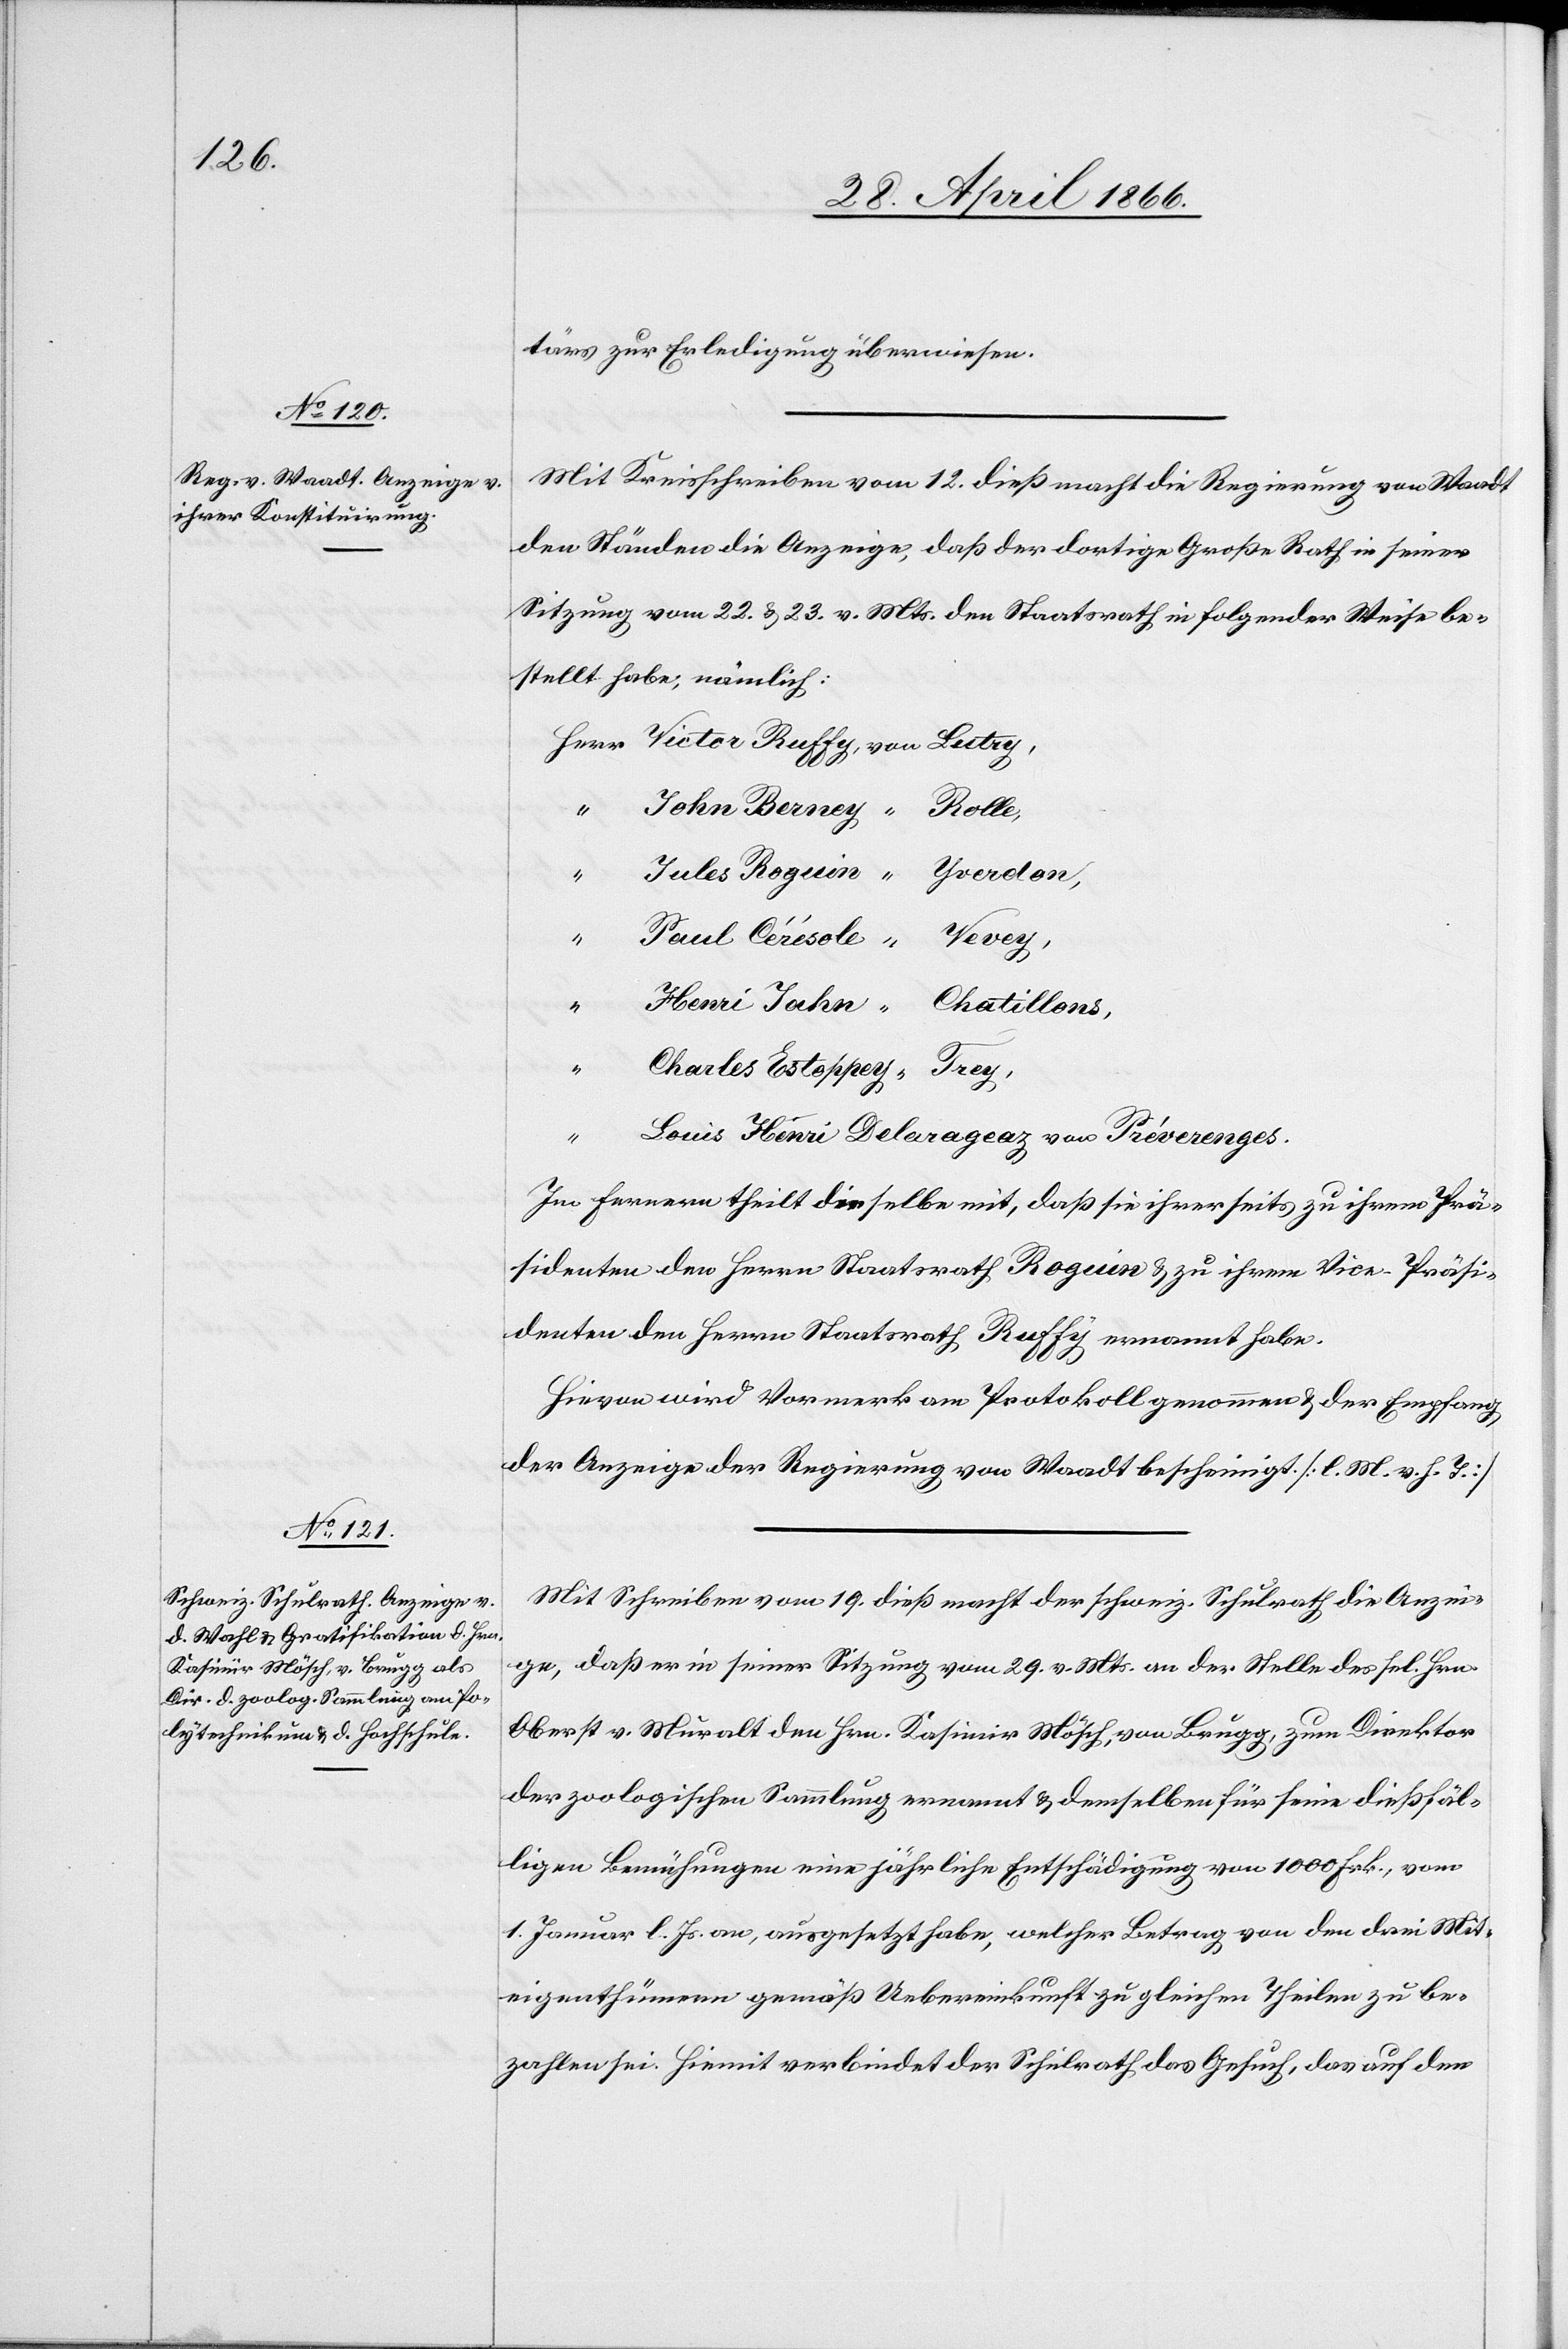
tärs zur Erledigung überwiesen.
Mit Kreisschreiben vom 12. dieß macht die Regierung von Waadt
den Ständen die Anzeige, daß der dortige Große Rath in seiner
Sitzung vom 22. u. 23. v. Mts. den Staatsrath in folgender Weise be¬
stellt habe, nämlich:
von
Charles Estoprey
Im Fernern theilt dieselbe mit, daß sie ihrerseits zu ihrem Prä¬
sidenten den Herrn Staatsrath Roguin u. zu ihrem Vice-Präsi¬
denten den Herrn Staatsrath Ruffy ernannt habe.
Hievon wird Vormerk am Protokoll genommen u. der Empfang
der Anzeige der Regierung von Waadt bescheinigt [l. M. v. h. T.]
Mit Schreiben vom 19. dieß macht der schweiz. Schulrath die Anzei¬
ge, daß er in seiner Sitzung vom 29. v. Mts an der Stelle des sel. Hrn.
Oberst v. Muralt den Hrn. Kasimir Mösch, von Brugg, zum Direktor
der zoologischen Sammlung ernannt u. demselben für seine dießfäl¬
ligen Bemühungen eine jährliche Entschädigung von 1000 Frk., vom
1. Januar l. Js. an, ausgesetzt habe, welcher Betrag von den drei Mit¬
eigenthümern gemäß Uebereinkunft zu gleichen Theilen zu be¬
zahlen sei. Hiemit verbindet der Schulrath das Gesuch, das auf den